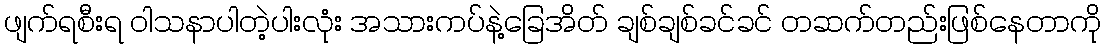
ဖျက်ရစီးရ ဝါသနာပါတဲ့ပါးလုံး အသားကပ်နဲ့ခြေအိတ် ချစ်ချစ်ခင်ခင် တဆက်တည်းဖြစ်နေတာကို